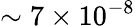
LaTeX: \sim 7\times 10^{-8}